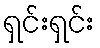
ရှင်းရှင်း